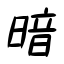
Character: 暗